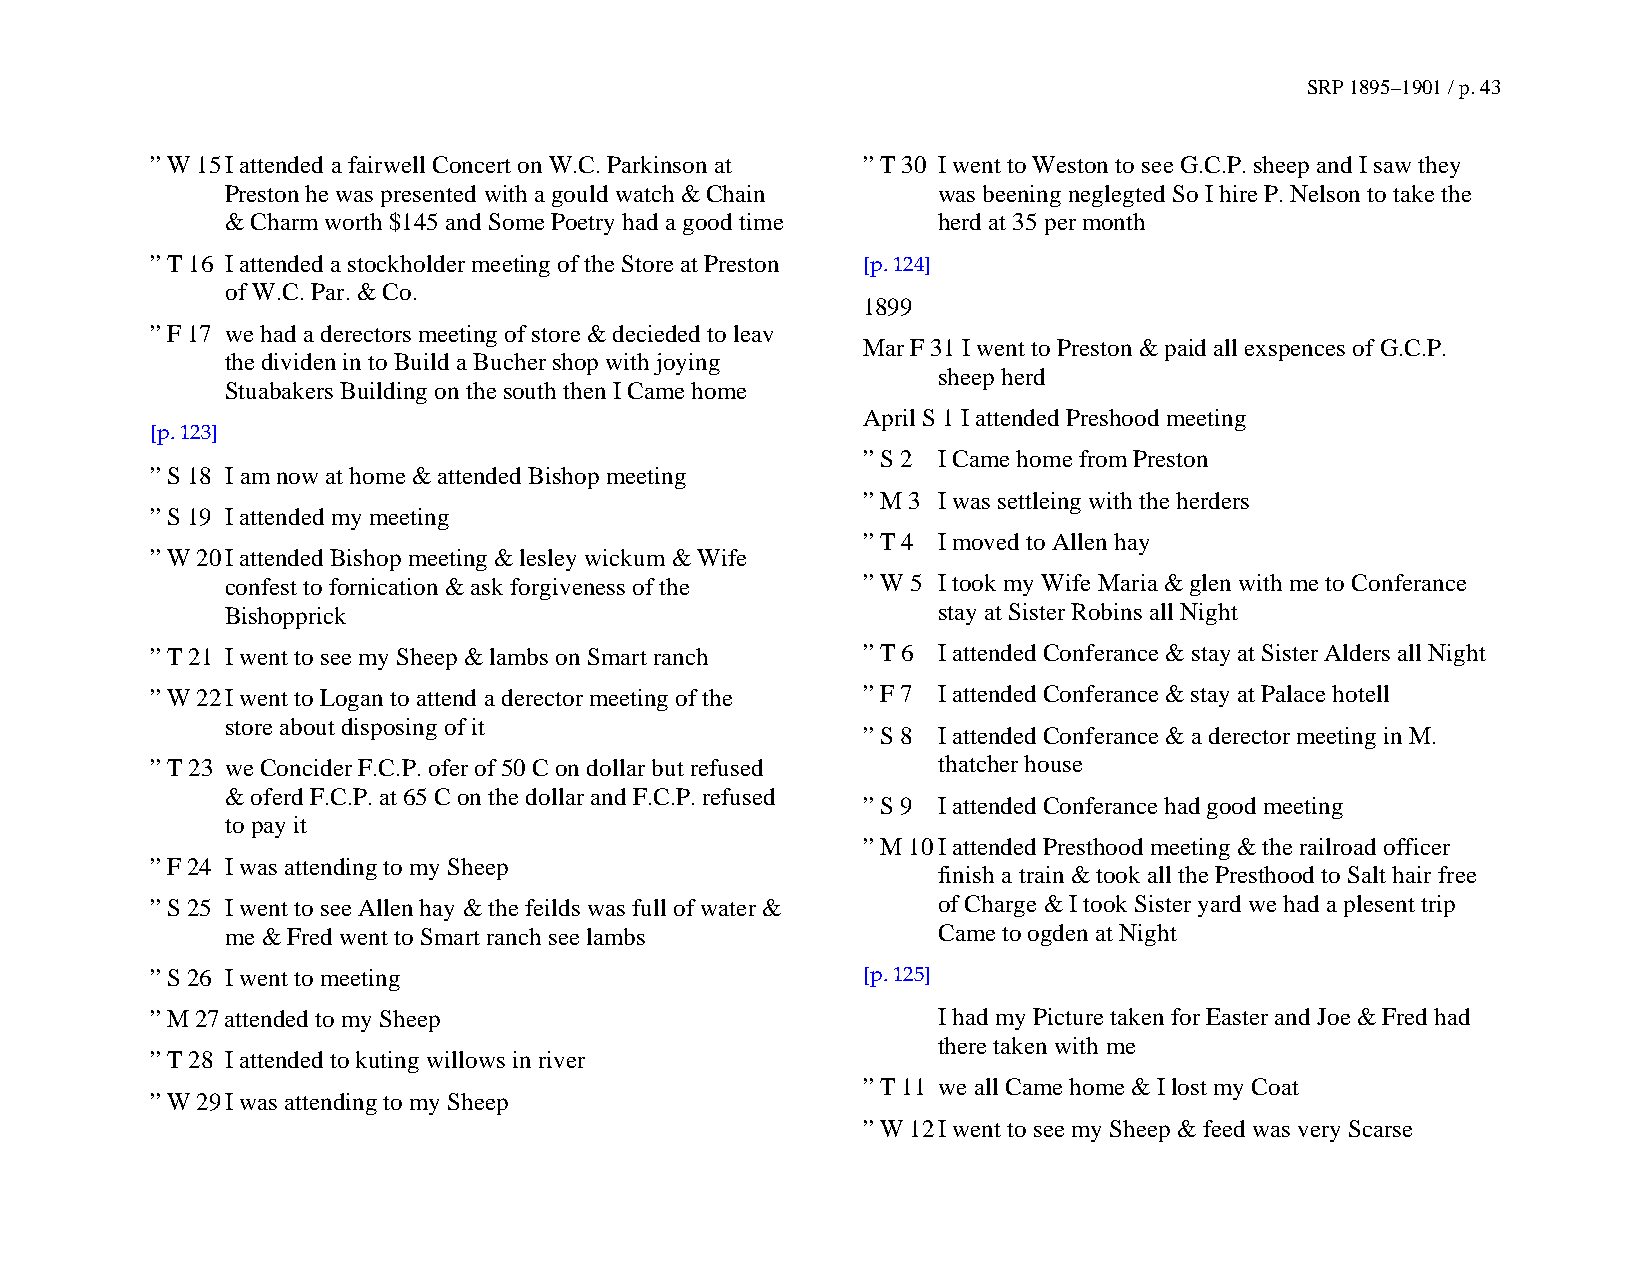
SRP 1895–1901 / p. 43
 ” W 15 I attended a fairwell Concert on W.C. Parkinson at ” T 30 I went to Weston to see G.C.P. sheep and I saw they
 Preston he was presented with a gould watch & Chain was beening neglegted So I hire P. Nelson to take the
 & Charm worth $145 and Some Poetry had a good time herd at 35 per month
 ” T 16 I attended a stockholder meeting of the Store at Preston [p. 124]
 of W.C. Par. & Co.
 1899
 ” F 17 we had a derectors meeting of store & decieded to leav
 Mar F 31 I went to Preston & paid all exspences of G.C.P.
 the dividen in to Build a Bucher shop with joying
 sheep herd
 Stuabakers Building on the south then I Came home
 April S 1 I attended Preshood meeting
 [p. 123]
 ” S 2 I Came home from Preston
 ” S 18 I am now at home & attended Bishop meeting
 ” M 3 I was settleing with the herders
 ” S 19 I attended my meeting
 ” T 4 I moved to Allen hay
 ” W 20 I attended Bishop meeting & lesley wickum & Wife
 confest to fornication & ask forgiveness of the ” W 5 I took my Wife Maria & glen with me to Conferance
 Bishopprick                                    stay at Sister Robins all Night
 ” T 21 I went to see my Sheep & lambs on Smart ranch ” T 6 I attended Conferance & stay at Sister Alders all Night
 ” W 22 I went to Logan to attend a derector meeting of the ” F 7 I attended Conferance & stay at Palace hotell
 store about disposing of it
 ” S 8 I attended Conferance & a derector meeting in M.
 ” T 23 we Concider F.C.P. ofer of 50 C on dollar but refused thatcher house
 & oferd F.C.P. at 65 C on the dollar and F.C.P. refused
 ” S 9 I attended Conferance had good meeting
 to pay it
 ” M 10 I attended Presthood meeting & the railroad officer
 ” F 24 I was attending to my Sheep
 finish a train & took all the Presthood to Salt hair free
 ” S 25 I went to see Allen hay & the feilds was full of water & of Charge & I took Sister yard we had a plesent trip
 me & Fred went to Smart ranch see lambs        Came to ogden at Night
 ” S 26 I went to meeting                       [p. 125]
 ” M 27 attended to my Sheep                         I had my Picture taken for Easter and Joe & Fred had
 there taken with me
 ” T 28 I attended to kuting willows in river
 ” T 11 we all Came home & I lost my Coat
 ” W 29 I was attending to my Sheep
 ” W 12 I went to see my Sheep & feed was very Scarse